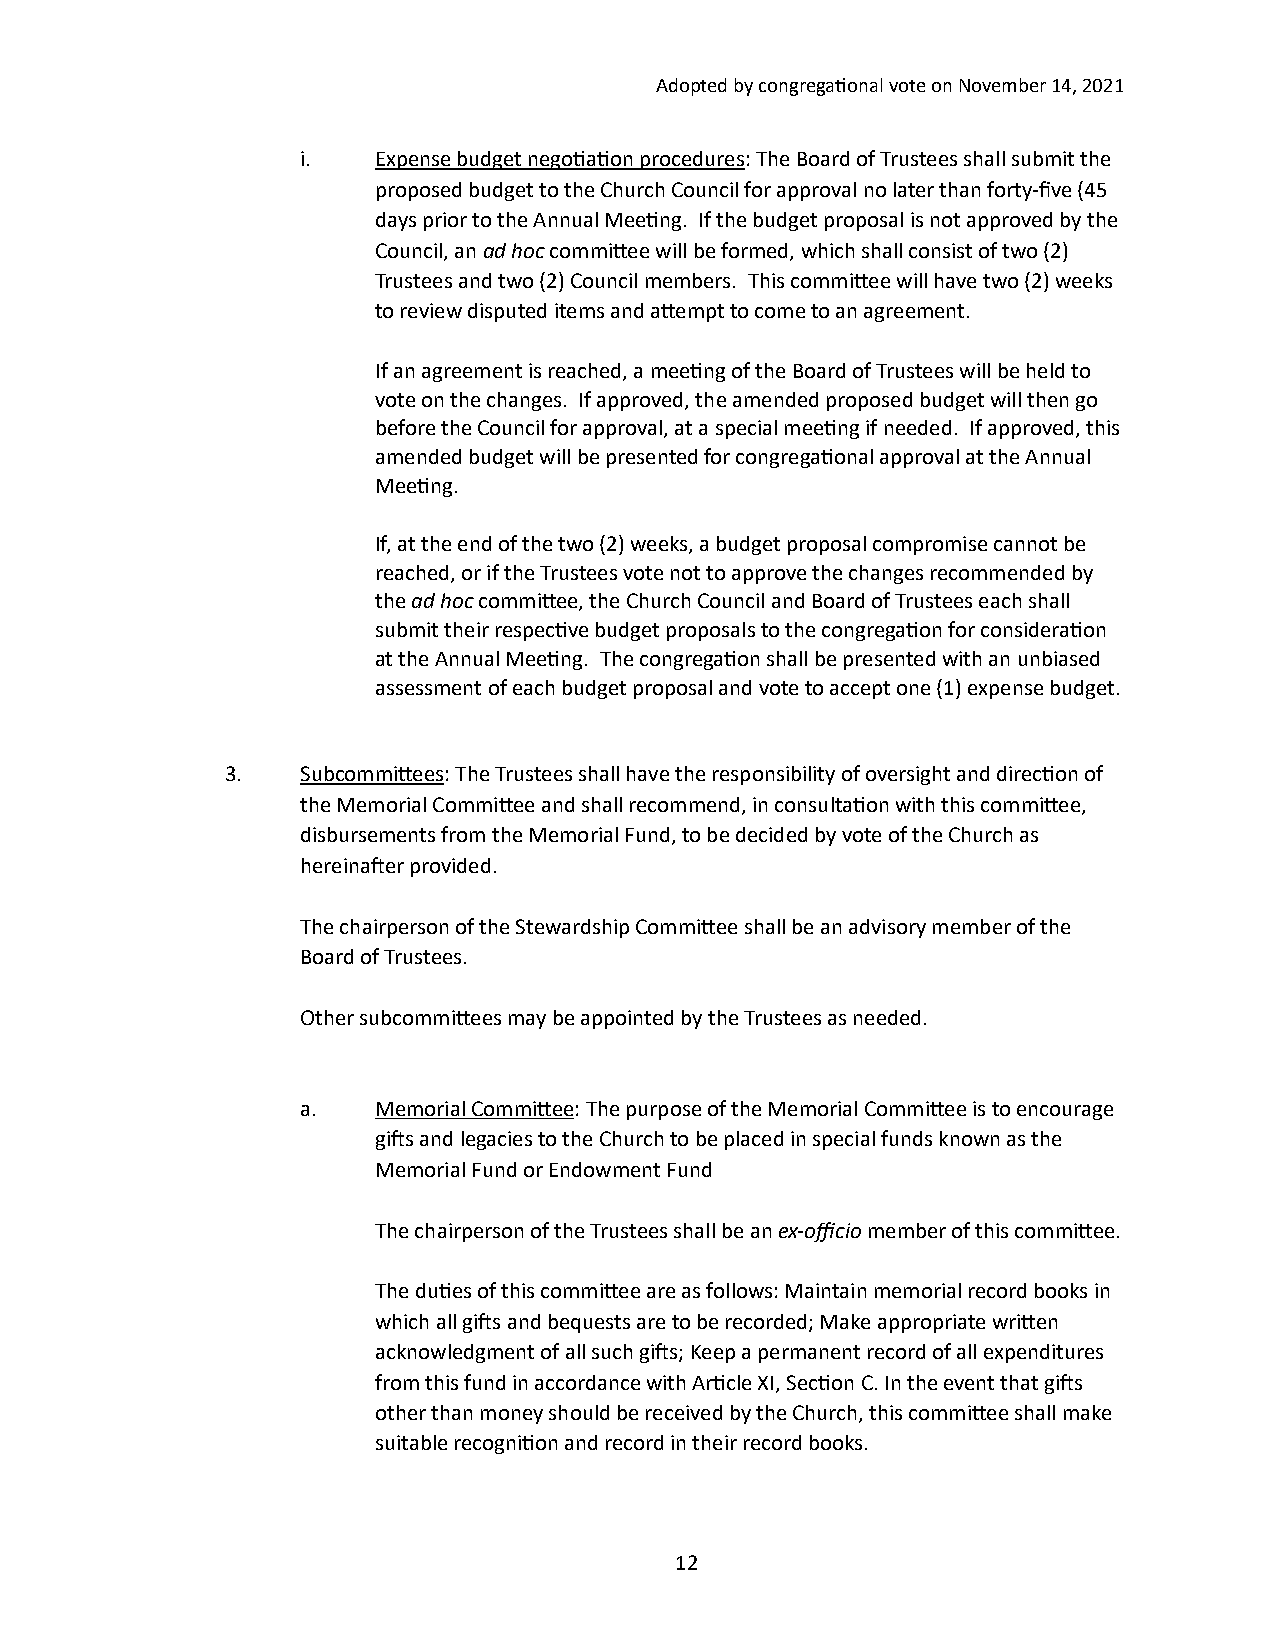
Adopted by congrega/onal vote on November 14, 2021
 i.   Expense budget nego/a/on procedures: The Board of Trustees shall submit the
 proposed budget to the Church Council for approval no later than forty-five (45
 days prior to the Annual Mee/ng. If the budget proposal is not approved by the
 Council, an ad hoc commihee will be formed, which shall consist of two (2)
 Trustees and two (2) Council members. This commihee will have two (2) weeks
 to review disputed items and ahempt to come to an agreement.
 If an agreement is reached, a mee/ng of the Board of Trustees will be held to
 vote on the changes. If approved, the amended proposed budget will then go
 before the Council for approval, at a special mee/ng if needed. If approved, this
 amended budget will be presented for congrega/onal approval at the Annual
 Mee/ng.
 If, at the end of the two (2) weeks, a budget proposal compromise cannot be
 reached, or if the Trustees vote not to approve the changes recommended by
 the ad hoc commihee, the Church Council and Board of Trustees each shall
 submit their respec/ve budget proposals to the congrega/on for considera/on
 at the Annual Mee/ng. The congrega/on shall be presented with an unbiased
 assessment of each budget proposal and vote to accept one (1) expense budget.
 3.   Subcommihees: The Trustees shall have the responsibility of oversight and direc/on of
 the Memorial Commihee and shall recommend, in consulta/on with this commihee,
 disbursements from the Memorial Fund, to be decided by vote of the Church as
 hereinater provided.
 The chairperson of the Stewardship Commihee shall be an advisory member of the
 Board of Trustees.
 Other subcommihees may be appointed by the Trustees as needed.
 a.   Memorial Commihee: The purpose of the Memorial Commihee is to encourage
 gits and legacies to the Church to be placed in special funds known as the
 Memorial Fund or Endowment Fund
 The chairperson of the Trustees shall be an ex-officio member of this commihee.
 The du/es of this commihee are as follows: Maintain memorial record books in
 which all gits and bequests are to be recorded; Make appropriate wrihen
 acknowledgment of all such gits; Keep a permanent record of all expenditures
 from this fund in accordance with Ar/cle XI, Sec/on C. In the event that gits
 other than money should be received by the Church, this commihee shall make
 suitable recogni/on and record in their record books.
 12